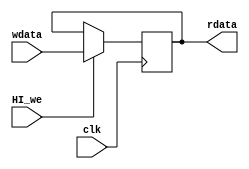
module regfile_HI(
    input wire clk,
    input wire HI_we,
    input wire[31:0] wdata,
    
    output wire[31:0] rdata
);
    reg[31:0] rf_HI;
    always @ (posedge clk) begin
        if (HI_we) begin
           rf_HI <= wdata;
        end
    end
    
    assign rdata = rf_HI;
endmodule